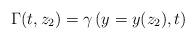
LaTeX: \begin{align*}\Gamma(t,z_2)=\gamma\left(y=y(z_2),t\right)\end{align*}